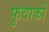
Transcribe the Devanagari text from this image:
फुवाको